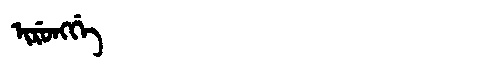
Manchu: ᡳᡵᡠᠩᡤᡝ
Romanization: IRUNGGE